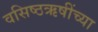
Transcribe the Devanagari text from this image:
वसिष्ठऋषींच्या